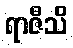
ရာဇီသိ